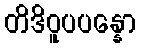
တိဒိဝူပပန္နော